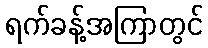
ရက်ခန့်အကြာတွင်